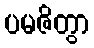
ပမဇိတွာ